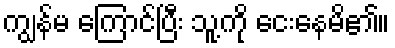
ကျွန်မ ကြောင်ပြီး သူ့ကို ငေးနေမိ၏။